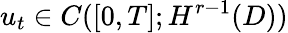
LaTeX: u_{t}\in C([0,T];H^{r-1}(D))